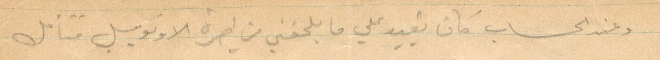
وعند الحساب كان يقيد علي ما يلحقني من اجرة الاوتومبيل فتأمل